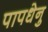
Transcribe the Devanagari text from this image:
पापधेनु